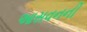
આસવનની